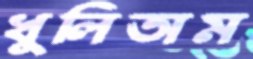
খুলিতাম